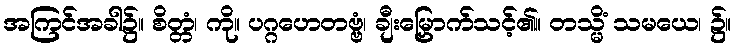
အကြင်အခါ၌။ စိတ္တံ၊ ကို။ ပဂ္ဂဟေတဗ္ဗံ၊ ချီးမြှောက်သင့်၏။ တသ္မိံ သမယေ၊ ၌။